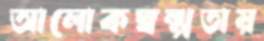
আলোকস্বল্পতায়